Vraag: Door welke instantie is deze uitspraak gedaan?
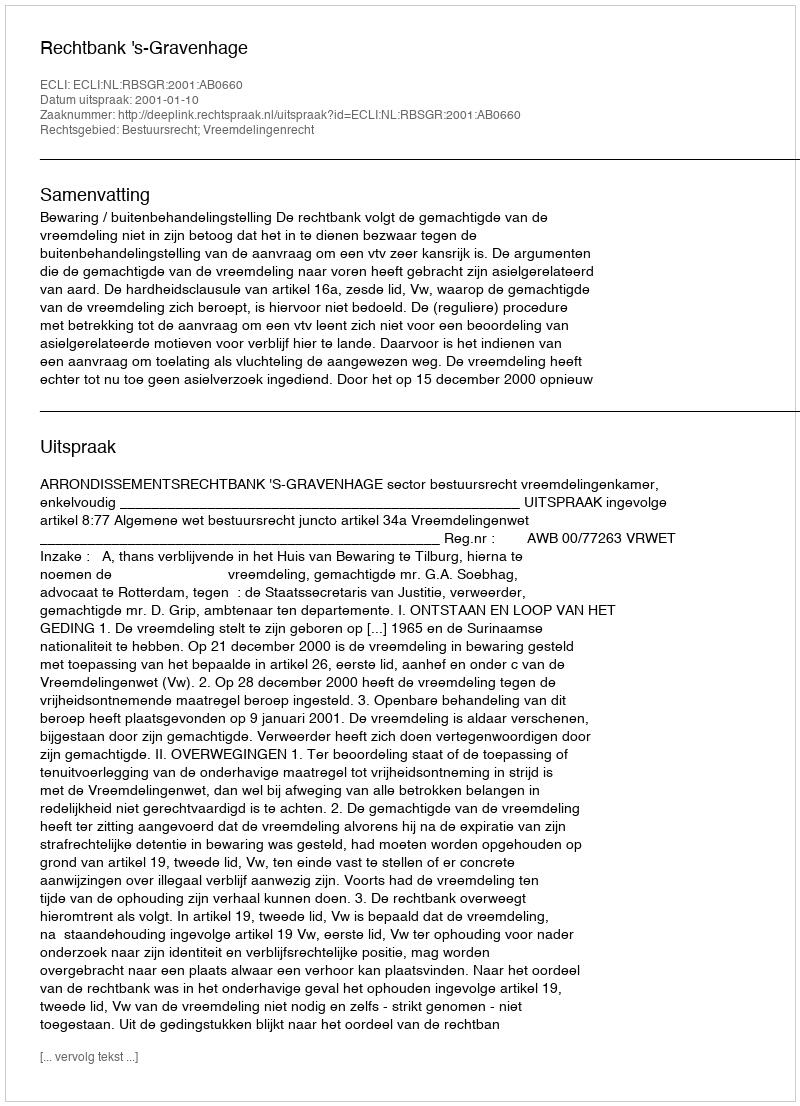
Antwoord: Rechtbank 's-Gravenhage